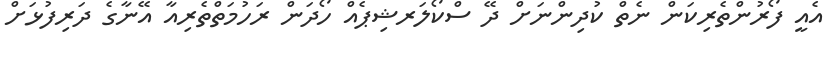
އެއީ ފޯރުންތެރިކަން ނެތް ކުދިންނަށް ދޭ ސްކޯލަރޝިޕެއް ހޯދަން ރަހުމަތްތެރިއާ އޭނާގެ ދަރިފުޅަށް